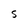
Character: S